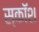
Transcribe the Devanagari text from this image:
स्कॉश